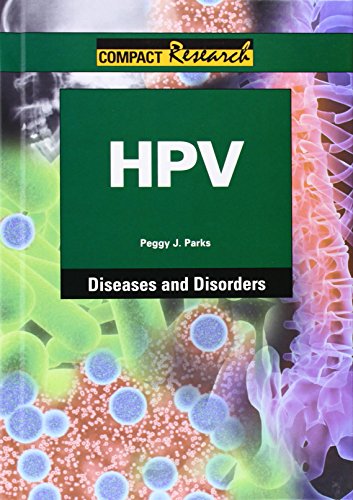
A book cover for HPV (Compact Research: Diseases & Disorders); Peggy J. Parks; Teen & Young Adult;